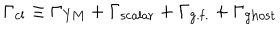
\Gamma _ { \mathrm { c l } } \equiv \Gamma _ { \mathrm { Y M } } + \Gamma _ { \mathrm { s c a l a r } } + \Gamma _ { \mathrm { g . f . } } + \Gamma _ { \mathrm { g h o s t } }